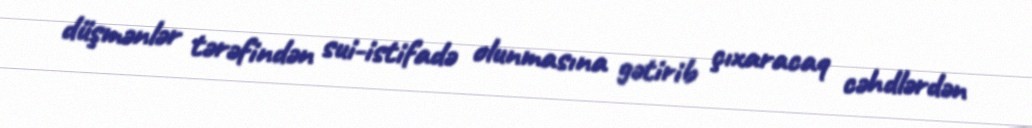
düşmənlər tərəfindən sui-istifadə olunmasına gətirib çıxaracaq cəhdlərdən